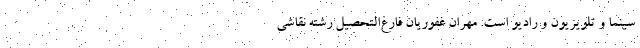
سینما و تلویزیون و رادیو است. مهران غفوریان فارغ‌التحصیل رشتهٔ نقاشی